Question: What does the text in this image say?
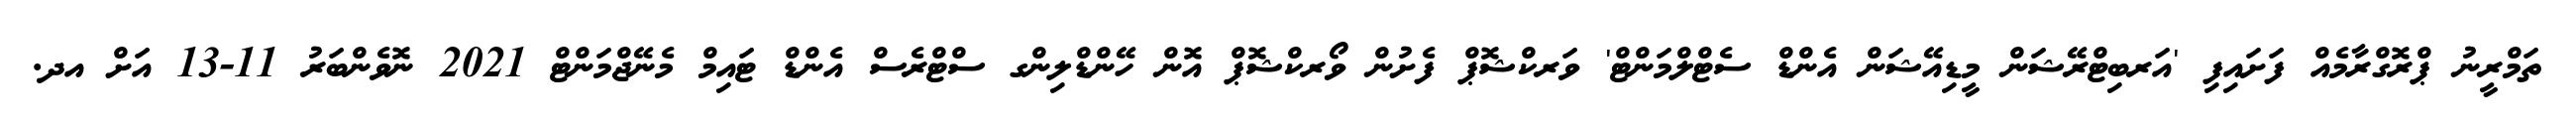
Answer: ތަމްރީނު ޕްރޮގްރާމެއް ފަށައިފި 'އަރބިޓްރޭޝަން މީޑިއޭޝަން އެންޑް ސެޓްލްމަންޓް' ވަރކްޝޮޕް ފެށުން ވޯރކްޝޮޕް އޮން ހޭންޑްލިންގ ސްޓްރެސް އެންޑް ޓައިމް މެނޭޖްމަންޓް 2021 ނޮވެންބަރު 11-13 އަށް އދ.